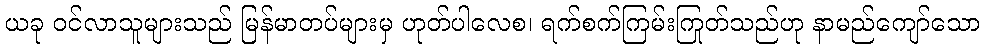
ယခု ဝင်လာသူများသည် မြန်မာတပ်များမှ ဟုတ်ပါလေစ၊ ရက်စက်ကြမ်းကြုတ်သည်ဟု နာမည်ကျော်သော